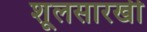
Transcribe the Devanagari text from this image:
शूलसारखी